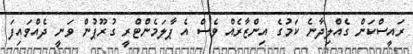
ރައީސްކަން ގެއްލިދާނެ ކަމުގެ އިންޒާރެއް ވެސް އެ ޕާލަމެންޓްރީ ގުރޫޕުން ވަނީ ދެއްވައިފަ